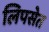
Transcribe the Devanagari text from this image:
लिपसेत